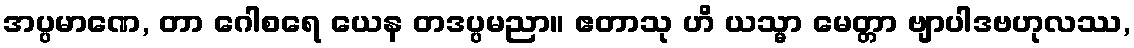
အပ္ပမာဏေ, တာ ဂေါစရေ ယေန တဒပ္ပမညာ။ ဧတာသု ဟိ ယသ္မာ မေတ္တာ ဗျာပါဒဗဟုလဿ,